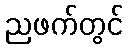
ညဖက်တွင်